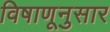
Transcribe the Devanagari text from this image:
विषाणूनुसार